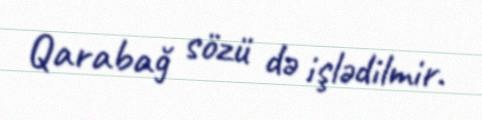
Qarabağ sözü də işlədilmir.